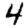
Digit: 4